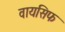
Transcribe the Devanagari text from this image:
वायसिफ